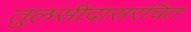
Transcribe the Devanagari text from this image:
तुलसीदासरचित